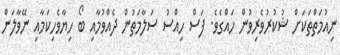
ނިއުމަތްތަކަށް ޝުކުރުވެރިވުން ހައްގެވެ. ފަސް ހިއްސު ސަލާމަތުން ދެއްވުމާއި ބޯ ހިޔާވެހިކަމާއި ނޭވާލަން